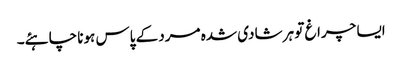
ایسا چراغ تو ہر شادی شدہ مرد کے پاس ہونا چاہئے۔